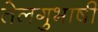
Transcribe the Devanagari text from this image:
तेलगुभाषी